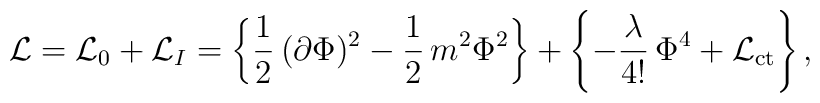
{\cal L} = {\cal L}_0 + {\cal L}_I=\left\{\frac{1}{2}\,(\partial\Phi)^2-\frac{1}{2}\,m^2\Phi^2\right\}+\left\{-\frac{\lambda}{4!}\,\Phi^4+{\cal L}_{\rm ct}\right\},